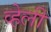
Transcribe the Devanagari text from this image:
व्हेली